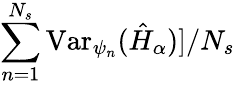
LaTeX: \sum_{n=1}^{N_{s}}\mathrm{Var}_{\psi_{n}}(\hat{H}_{\alpha})]/N_{s}